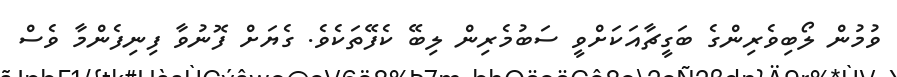
ވުމުން ލޯބިވެރިންގެ ބަގީޗާއަކަށްވީ ސަބުމެރިން ލިބޭ ކެފޭތަކެވެ. ގެޔަށް ފޮނުވާ ފިނިފެންމާ ވެސް